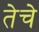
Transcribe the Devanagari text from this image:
तेचे